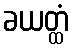
ခယတ္ထံ